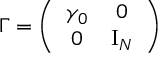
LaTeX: \Gamma = \left( \begin{array} { c c } { { \gamma _ { 0 } } } & { { 0 } } \\ { { 0 } } & { { \mathrm { I } _ { N } } } \end{array} \right)